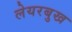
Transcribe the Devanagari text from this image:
लेयरबुख